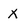
Character: x